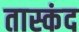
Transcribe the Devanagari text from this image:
तास्कंद